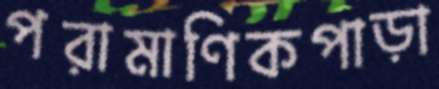
পরামাণিকপাড়া